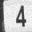
Digit: 4